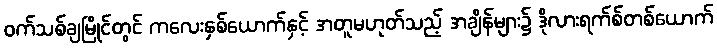
ဝက်သစ်ချမြိုင်တွင် ကလေးနှစ်ယောက်နှင့် အတူမဟုတ်သည့် အချိန်များ၌ ဒိုလားရက်စ်တစ်ယောက်